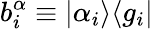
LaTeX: b_{i}^{\alpha}\equiv|\alpha_{i}\rangle\langle g_{i}|